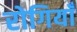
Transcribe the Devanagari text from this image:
रोगियाँ